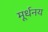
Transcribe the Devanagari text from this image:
मूर्धनय